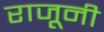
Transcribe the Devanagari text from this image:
राजूनी